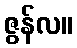
ဇွန်လ။